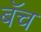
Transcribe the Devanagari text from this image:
बॅच